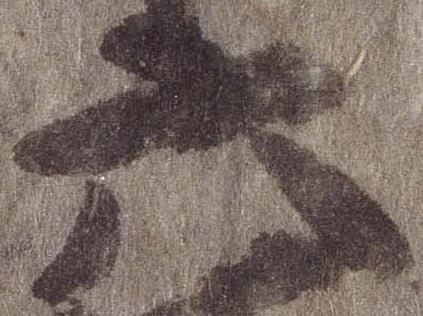
六